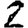
Digit: 2